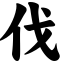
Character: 伐